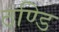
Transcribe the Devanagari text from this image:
ठण्डि